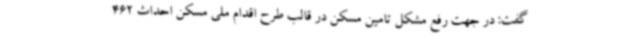
گفت: در جهت رفع مشکل تامین مسکن در قالب طرح اقدام ملی مسکن احداث 462